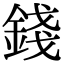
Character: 錢